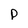
Character: p